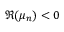
\Re ( \mu _ { n } ) < 0